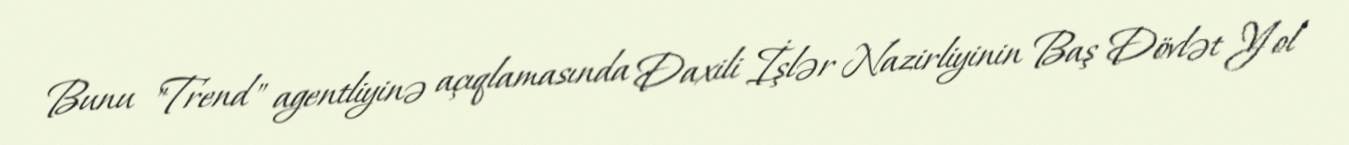
Bunu "Trend" agentliyinə açıqlamasında Daxili İşlər Nazirliyinin Baş Dövlət Yol